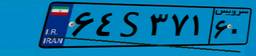
۶۴S۳۷۱۶۰